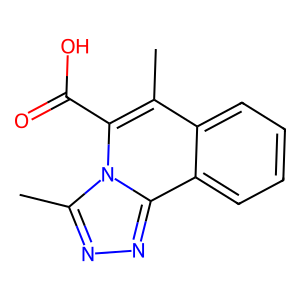
SMILES: Cc1c(C(=O)O)n2c(C)nnc2c2ccccc12
Inhibits HIV replication: No